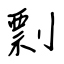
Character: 剽